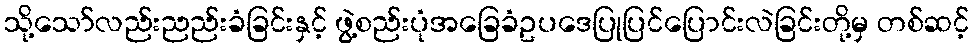
သို့သော်လည်းညည်းခံခြင်းနှင့် ဖွဲ့စည်းပုံအခြေခံဥပဒေပြုပြင်ပြောင်းလဲခြင်းတို့မှ တစ်ဆင့်